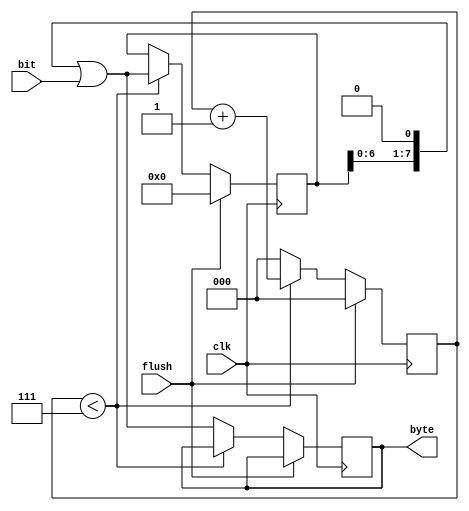
/* Proiectati un modul ce citeste bit cu bit pe front-ul crescator al semnalului de clk in maniera FIFO (primul bit primit este cel mai semnificativ bit).
Odata ce a citit 8 biti, modulul ii va inregistra in iesirea byte.
Iesirea byte va ramane pe valoarea precedenta (initial 0) cat modulul citeste biti si se va schimba doar cand modulul a citit alti 8 biti.
Intrarea flush a modulului (activa pe nivel 1) va provoca eliminarea tutoror bitilor cititi pana in momentul respectiv de modul si reluarea citirii a altor 8 biti
(iesirea byte inca isi pastreaza valoarea chiar si in cazul asta). */
module spi_rx (
    input clk,      // Semnalul de ceas
    input flush,    // Semnalul de flush
    input bit,      // Semnalul de intrare bit cu bit
    output reg [7:0] byte // Ieirea byte
);

reg [7:0] shift_reg = 8'b0; // Registru pentru shiftare
reg [2:0] bit_count = 3'b0; // Contor pentru numrul de bii citii

initial begin
    byte = 8'b0;
end

always @(posedge clk) begin
    if (flush) begin
        // Resetare la semnalul flush
        shift_reg <= 8'b0;
        bit_count <= 3'b0;
    end else if (bit_count < 3'b111) begin
        // Citirea bitului i shiftarea n registrul intermediar
        shift_reg <= (shift_reg << 1) | bit;
        bit_count <= bit_count + 1;
    end else begin
        // Salvarea byte-ului i resetarea contorului de bii
        byte <= (shift_reg << 1) | bit;
        bit_count <= 3'b0;
    end
end

endmodule




module spi_rx_tb;

    reg bit, clk, flush;
    wire[7:0] act_byte;
    reg[7:0] exp_byte;
    
    wire verdict;

    spi_rx uut(.bit(bit), .clk(clk), .flush(flush), .byte(act_byte));
    integer tests_total, tests_passed, nota;

    assign verdict = exp_byte === act_byte;

    initial begin
        clk = 0;
        repeat(80) #1 clk = ~clk;
    end
    initial begin
        $display("Time\tclk\tflush\tbit\t\tactual_byte\texpected_byte\tPassed(1)/Failed(0)");
        $monitor("%4t\t%3b\t%5b\t%3b\t\t%11b\t%9b\t%18d", $time, clk, flush, bit, act_byte, exp_byte, verdict);
        tests_total = 0;
        tests_passed = 0;
        exp_byte = 8'd0;
        #1;

        bit = 1;
        flush = 0;
        exp_byte = 8'd0;
        tests_total = tests_total + 1;
        #2;
        tests_passed = tests_passed + verdict;

        bit = 1;
        flush = 0;
        exp_byte = 8'd0;
        tests_total = tests_total + 1;
        #2;
        tests_passed = tests_passed + verdict;

        bit = 0;
        flush = 0;
        exp_byte = 8'd0;
        tests_total = tests_total + 1;
        #2;
        tests_passed = tests_passed + verdict;

        bit = 0;
        flush = 0;
        exp_byte = 8'd0;
        tests_total = tests_total + 1;
        #2;
        tests_passed = tests_passed + verdict;

        bit = 1;
        flush = 0;
        exp_byte = 8'd0;
        tests_total = tests_total + 1;
        #2;
        tests_passed = tests_passed + verdict;

        bit = 0;
        flush = 0;
        exp_byte = 8'd0;
        tests_total = tests_total + 1;
        #2;
        tests_passed = tests_passed + verdict;

        bit = 1;
        flush = 0;
        exp_byte = 8'd0;
        tests_total = tests_total + 1;
        #2;
        tests_passed = tests_passed + verdict;

        bit = 0;
        flush = 0;
        exp_byte = 8'b11001010;
        tests_total = tests_total + 1;
        #2;
        tests_passed = tests_passed + verdict;

        bit = 0;
        flush = 0;
        exp_byte = 8'b11001010;
        tests_total = tests_total + 1;
        #2;
        tests_passed = tests_passed + verdict;

        bit = 0;
        flush = 0;
        exp_byte = 8'b11001010;
        tests_total = tests_total + 1;
        #2;
        tests_passed = tests_passed + verdict;

        bit = 1;
        flush = 0;
        exp_byte = 8'b11001010;
        tests_total = tests_total + 1;
        #2;
        tests_passed = tests_passed + verdict;

        bit = 1;
        flush = 0;
        exp_byte = 8'b11001010;
        tests_total = tests_total + 1;
        #2;
        tests_passed = tests_passed + verdict;

        bit = 1;
        flush = 0;
        exp_byte = 8'b11001010;
        tests_total = tests_total + 1;
        #2;
        tests_passed = tests_passed + verdict;

        bit = 1;
        flush = 0;
        exp_byte = 8'b11001010;
        tests_total = tests_total + 1;
        #2;
        tests_passed = tests_passed + verdict;

        bit = 1;
        flush = 0;
        exp_byte = 8'b11001010;
        tests_total = tests_total + 1;
        #2;
        tests_passed = tests_passed + verdict;

        bit = 1;
        flush = 0;
        exp_byte = 8'b00111111;
        tests_total = tests_total + 1;
        #2;
        tests_passed = tests_passed + verdict;

        bit = 1;
        flush = 0;
        exp_byte = 8'b00111111;
        tests_total = tests_total + 1;
        #2;
        tests_passed = tests_passed + verdict;

        bit = 1;
        flush = 0;
        exp_byte = 8'b00111111;
        tests_total = tests_total + 1;
        #2;
        tests_passed = tests_passed + verdict;
        
        bit = 1;
        flush = 0;
        exp_byte = 8'b00111111;
        tests_total = tests_total + 1;
        #2;
        tests_passed = tests_passed + verdict;

        bit = 1;
        flush = 0;
        exp_byte = 8'b00111111;
        tests_total = tests_total + 1;
        #2;
        tests_passed = tests_passed + verdict;
        
        bit = 1;
        flush = 0;
        exp_byte = 8'b00111111;
        tests_total = tests_total + 1;
        #2;
        tests_passed = tests_passed + verdict;

        bit = 1;
        flush = 0;
        exp_byte = 8'b00111111;
        tests_total = tests_total + 1;
        #2;
        tests_passed = tests_passed + verdict;
        
        bit = 1;
        flush = 1;
        exp_byte = 8'b00111111;
        tests_total = tests_total + 1;
        #2;
        tests_passed = tests_passed + verdict;

        tests_total = tests_total + 1;
        #2;
        tests_passed = tests_passed + verdict;

        tests_total = tests_total + 1;
        #2;
        tests_passed = tests_passed + verdict;

        tests_total = tests_total + 1;
        #2;
        tests_passed = tests_passed + verdict;

        tests_total = tests_total + 1;
        #2;
        tests_passed = tests_passed + verdict;

        tests_total = tests_total + 1;
        #2;
        tests_passed = tests_passed + verdict;

        tests_total = tests_total + 1;
        #2;
        tests_passed = tests_passed + verdict;

        tests_total = tests_total + 1;
        #2;
        tests_passed = tests_passed + verdict;

        tests_total = tests_total + 1;
        #2;
        tests_passed = tests_passed + verdict;

        tests_total = tests_total + 1;
        #2;
        tests_passed = tests_passed + verdict;

        flush = 0;
        #1;
        bit = 1;
        exp_byte = 8'b00111111;
        tests_total = tests_total + 1;
        #1;
        tests_passed = tests_passed + verdict;

        bit = 0;
        exp_byte = 8'b00111111;
        tests_total = tests_total + 1;
        #2;
        tests_passed = tests_passed + verdict;

        bit = 1;
        exp_byte = 8'b00111111;
        tests_total = tests_total + 1;
        #2;
        tests_passed = tests_passed + verdict;
        
        bit = 0;
        exp_byte = 8'b00111111;
        tests_total = tests_total + 1;
        #2;
        tests_passed = tests_passed + verdict;
        
        bit = 0;
        exp_byte = 8'b00111111;
        tests_total = tests_total + 1;
        #2;
        tests_passed = tests_passed + verdict;
        
        bit = 1;
        exp_byte = 8'b00111111;
        tests_total = tests_total + 1;
        #2;
        tests_passed = tests_passed + verdict;
        
        bit = 1;
        exp_byte = 8'b00111111;
        tests_total = tests_total + 1;
        #2;
        tests_passed = tests_passed + verdict;
        
        bit = 1;
        exp_byte = 8'b10100111;
        tests_total = tests_total + 1;
        #2;
        tests_passed = tests_passed + verdict;
        
        $display("Passed / Total: %2d / %2d", tests_passed, tests_total);
        nota = tests_passed * 100 / tests_total * 25;
        $display("Nota: %1d.%03d", nota / 1000, nota % 1000);
    end
endmodule